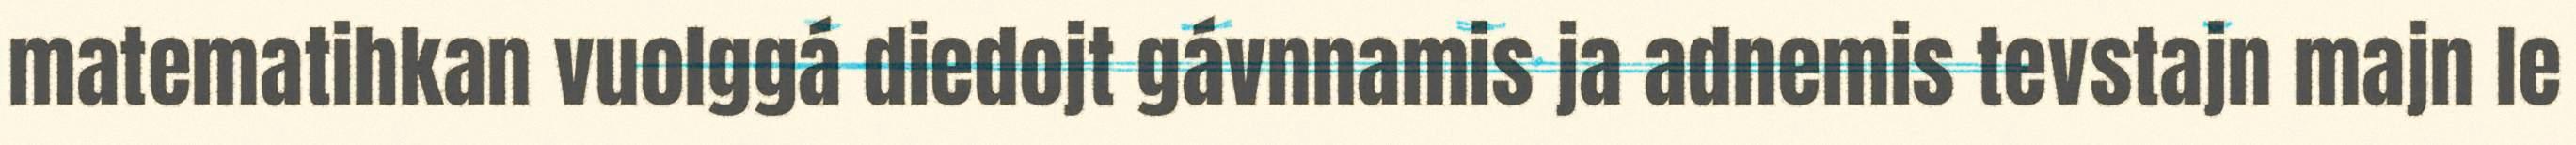
matematihkan vuolggá diedojt gávnnamis ja adnemis tevstajn majn le